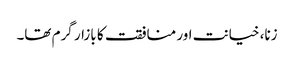
زنا، خیانت اور منافقت کا بازار گرم تھا۔